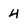
Character: 4